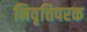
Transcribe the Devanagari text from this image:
निवृत्तिपरक